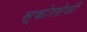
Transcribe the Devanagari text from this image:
स्कोरसेजी